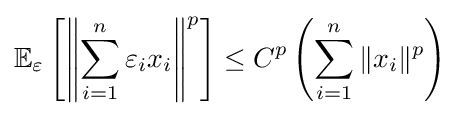
\mathbb {E} _{\varepsilon }\left[\left\|\sum \limits _{i=1}^{n}\varepsilon _{i}x_{i}\right\|^{p}\right]\leq C^{p}\left(\sum \limits _{i=1}^{n}\|x_{i}\|^{p}\right)